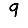
Digit: 9